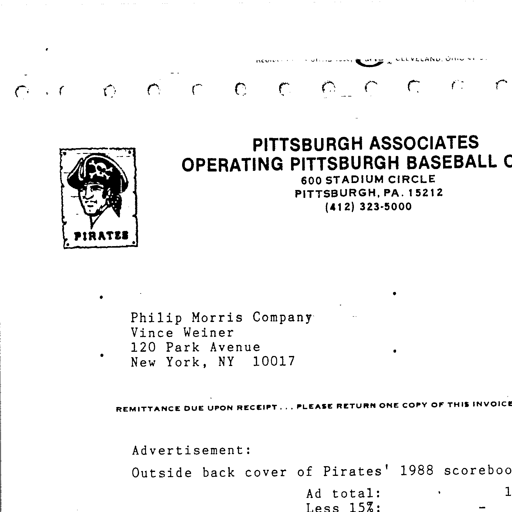
CLEVELAND, OHIO
PITTSBURGH ASSOCIATES
OPERATING PITTSBURGH BASEBALL C
600 STADIUM CIRCLE
PITTSBURGH, PA. 15212
(412) 323-5000
PIRATES
Philip Morris Company
Vince Weiner
120 Park Avenue
New York, NY 10017
REMITTANCE DUE UPON RECEIPT... PLEASE RETURN ONE COPY OF THIS INVOICE
Advertisement:
Outside back cover of Pirates' 1988 scoreboo
Ad total:
Less 15%: